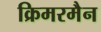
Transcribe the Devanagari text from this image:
क्रिमरमैन